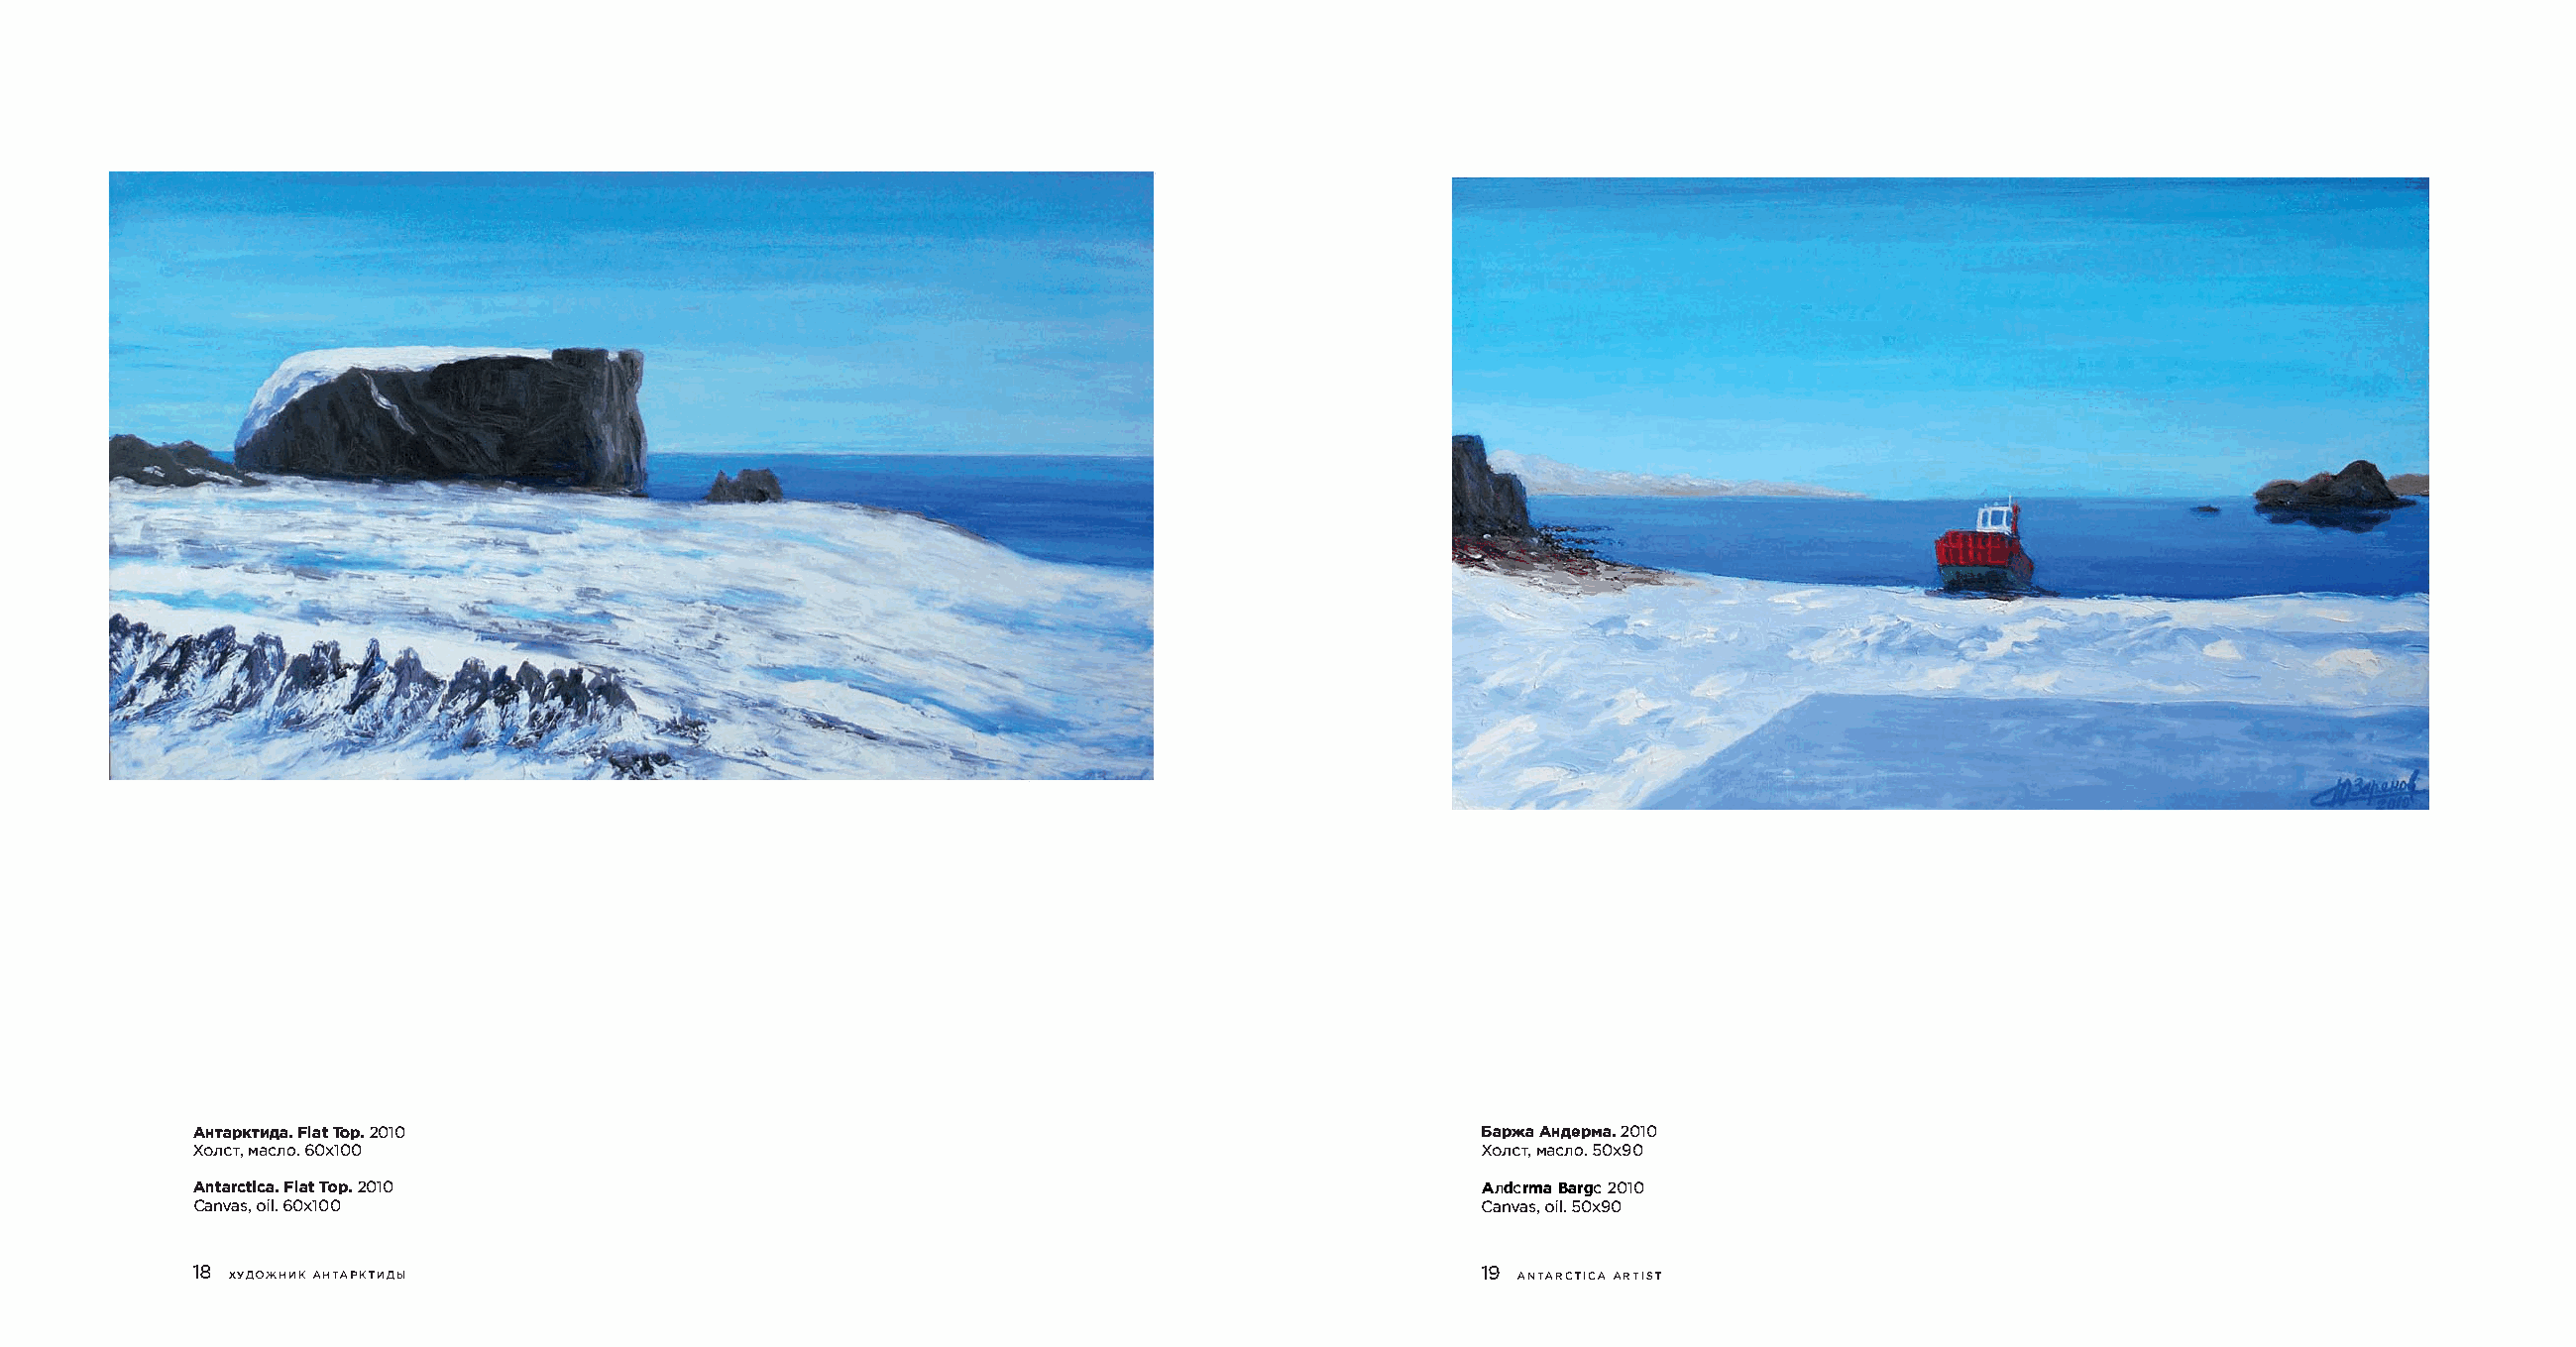
AHTapKTFMlAaToatp. . 2 010                                                            6ap>1<AaH AepM2a0.1 0
 XoneMTa,e n6o0.x 100                                                                  XonCMTa,e n5o0.x 90
 AntarcFtliacTtao .p2 .0 10                                                            AnedrmBaa rg2e0 10
 Canvaosi6,l0 .x 100                                                                   Canvaosi,5l 0.x 90
 18X YAO>KHHK AHTAPKTHAbl                                                              19 ANTARCTICAA RTIST